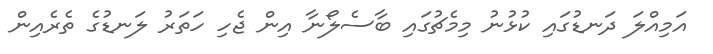
އަމިއްލަ ދަނޑުގައި ކުޅުނު މިމެޗުގައި ބާސެލޯނާ އިން ޖެހި ހަތަރު ލަނޑުގެ ތެރެއިން